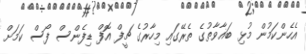
އެހެންކަމުން މުޅި ބަޣާވާތުގެ ތެރޭގައި މިހާރުގެ ޗީފް އޮފް ޑިފެންސް ފޯސް ކަމަށް